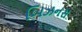
બિઝનસ